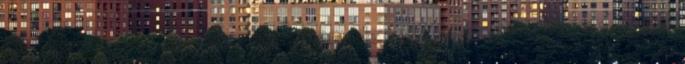
Törökországból. Nem erre készültem, de én is megismerkedtem valakivel